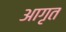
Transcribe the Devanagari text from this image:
आगृत